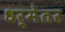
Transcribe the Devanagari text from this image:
धर्मेतर